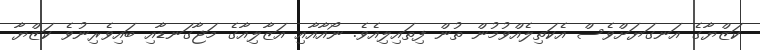
ކަޒްޔާގެ އަނގަޔަށްވެސް އެކަތިލެއްވުމުން ތުން ފިތައިލިއެވެ. ނޯއާއާއި އަޒާލިއާގެ މަޖާގަނޑާއި ބައިވެރިނުވެ ކަޒްޔާ